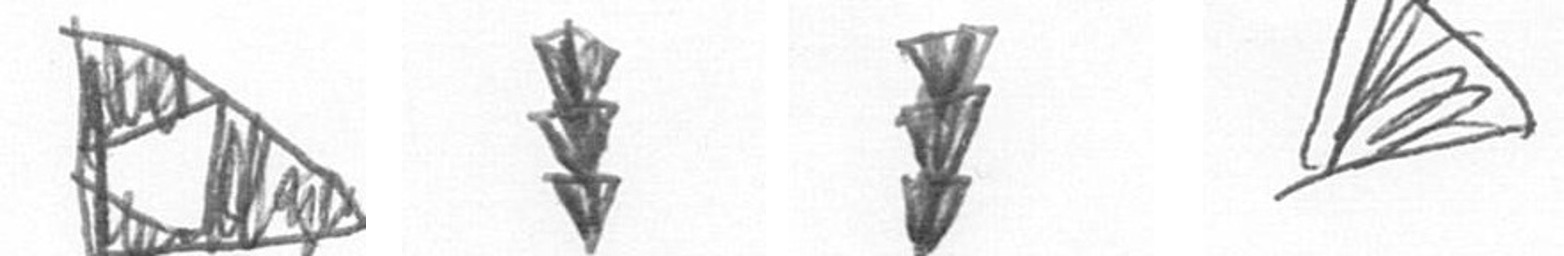
K E E O